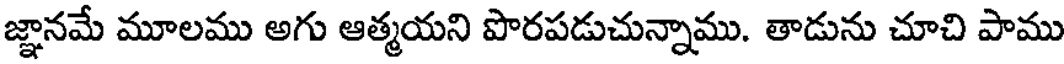
జ్ఞానమే మూలము అగు ఆత్మయని పొరపడుచున్నాము. తాడును చూచి పాము